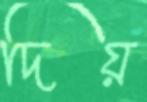
দিয়